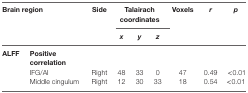
<table><thead><tr><td rowspan="2" colspan="2"><b>Brain region</b></td><td rowspan="2"><b>Side</b></td><td colspan="3"><b>Talairach coordinates</b></td><td rowspan="2"><b>Voxels</b></td><td rowspan="2"><b><i>r</i></b></td><td rowspan="2"><b><i>p</i></b></td></tr><tr><td><b><i>x</i></b></td><td><b><i>y</i></b></td><td><b><i>z</i></b></td></tr></thead><tbody><tr><td><b>ALFF</b></td><td colspan="8"><b>Positive correlation</b></td></tr><tr><td></td><td>IFG/AI</td><td>Right</td><td>48</td><td>33</td><td>0</td><td>47</td><td>0.49</td><td> &lt;0.01</td></tr><tr><td></td><td>Middle cingulum</td><td>Right</td><td>12</td><td>30</td><td>33</td><td>18</td><td>0.54</td><td>&lt;0.01</td></tr></tbody></table>